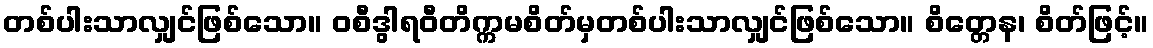
တစ်ပါးသာလျှင်ဖြစ်သော။ ဝစီဒွါရဝီတိက္ကမစိတ်မှတစ်ပါးသာလျှင်ဖြစ်သော။ စိတ္တေန၊ စိတ်ဖြင့်။